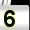
Digit: 5